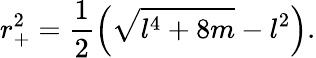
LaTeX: r_{+}^{2}=\frac{1}{2}\left(\sqrt{l^{4}+8m}-l^{2}\right).